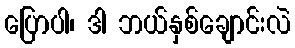
ပြောပါ၊ ဒါ ဘယ်နှစ်ချောင်းလဲ